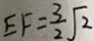
E F = \frac { 3 } { 2 } \sqrt { 2 }